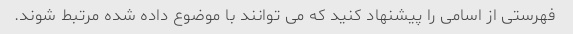
فهرستی از اسامی را پیشنهاد کنید که می توانند با موضوع داده شده مرتبط شوند.